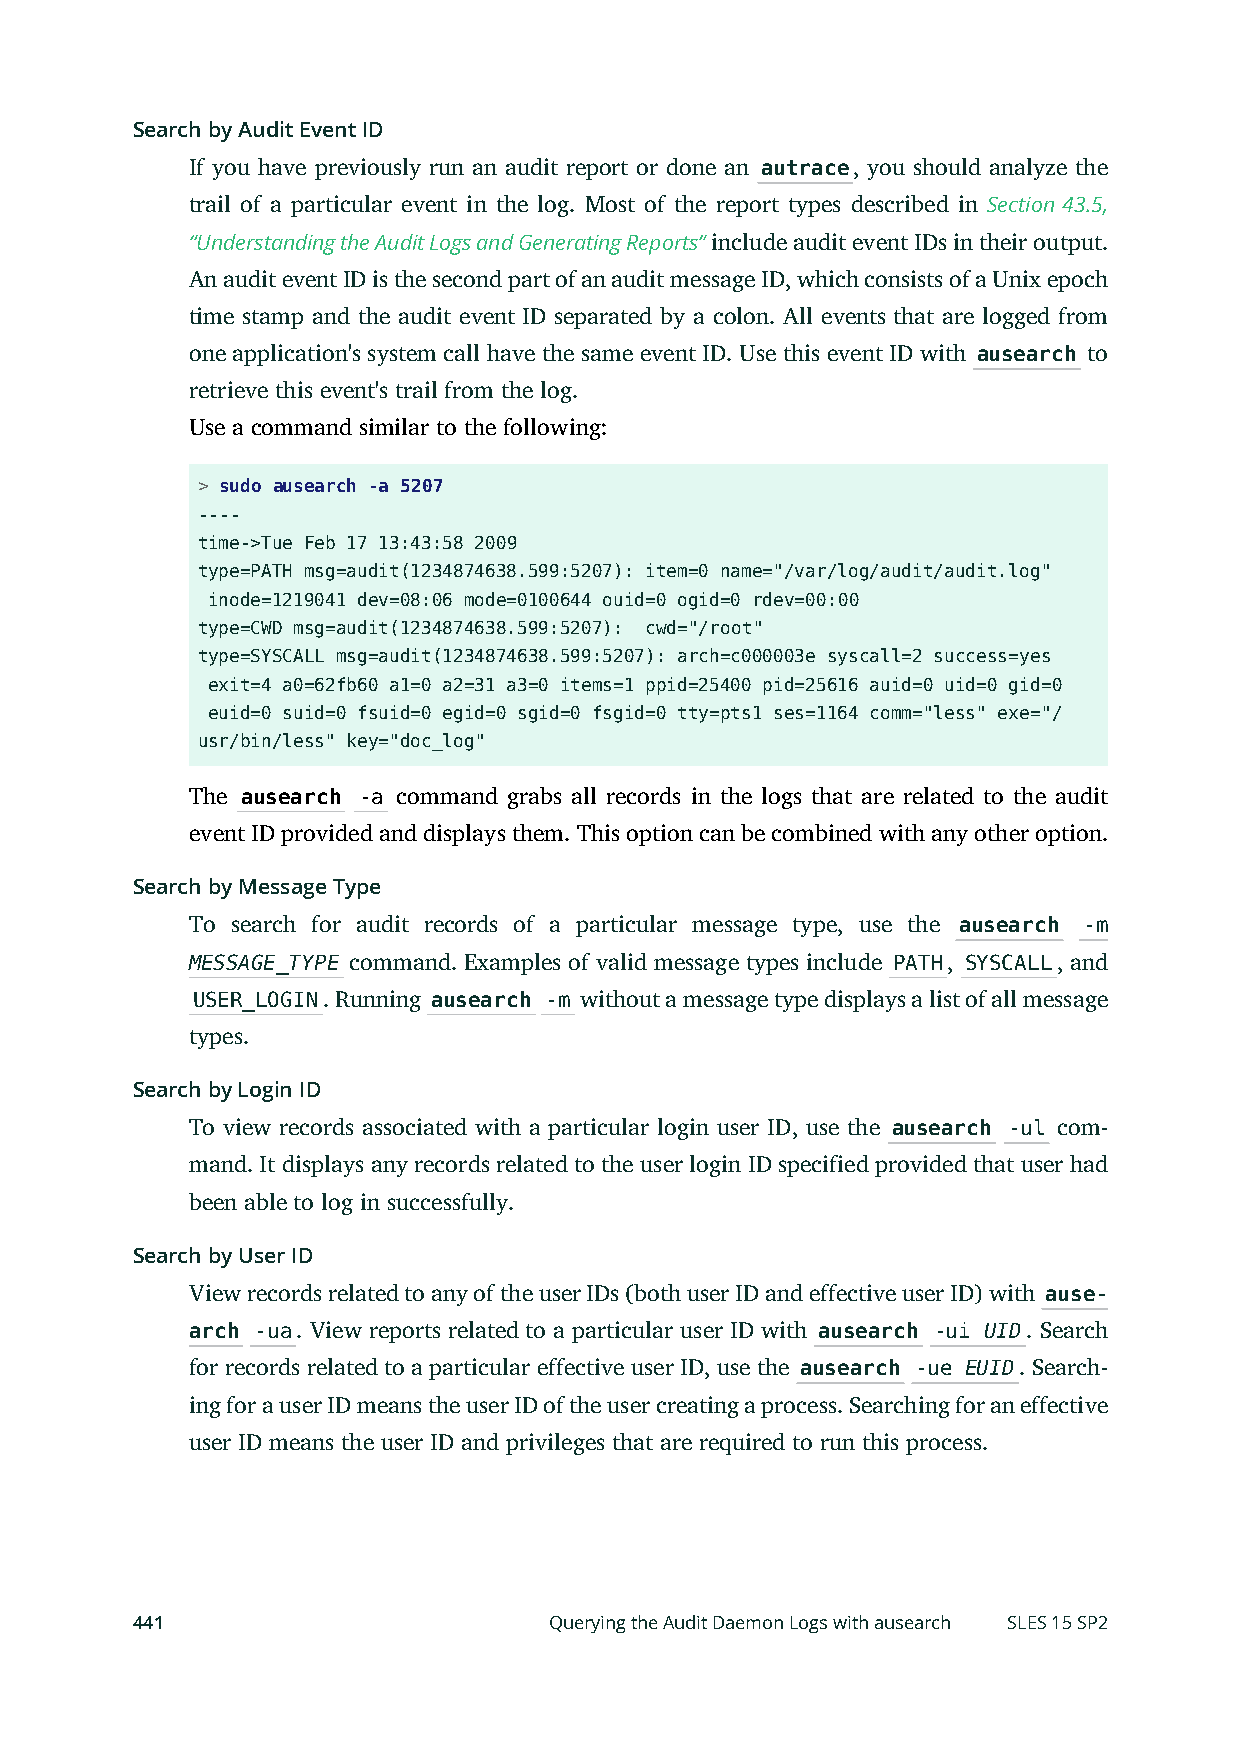
Search by Audit Event ID
 If you have previously run an audit report or done an autrace, you should analyze the
 trail of a particular event in the log. Most of the report types described in Section 43.5,
 “Understanding the Audit Logs and Generating Reports” include audit event IDs in their output.
 An audit event ID is the second part of an audit message ID, which consists of a Unix epoch
 time stamp and the audit event ID separated by a colon. All events that are logged from
 one application's system call have the same event ID. Use this event ID with ausearch to
 retrieve this event's trail from the log.
 Use a command similar to the following:
 > sudo ausearch -a 5207
 ----
 time->Tue Feb 17 13:43:58 2009
 type=PATH msg=audit(1234874638.599:5207): item=0 name="/var/log/audit/audit.log"
 inode=1219041 dev=08:06 mode=0100644 ouid=0 ogid=0 rdev=00:00
 type=CWD msg=audit(1234874638.599:5207): cwd="/root"
 type=SYSCALL msg=audit(1234874638.599:5207): arch=c000003e syscall=2 success=yes
 exit=4 a0=62fb60 a1=0 a2=31 a3=0 items=1 ppid=25400 pid=25616 auid=0 uid=0 gid=0
 euid=0 suid=0 fsuid=0 egid=0 sgid=0 fsgid=0 tty=pts1 ses=1164 comm="less" exe="/
 usr/bin/less" key="doc_log"
 The ausearch -a command grabs all records in the logs that are related to the audit
 event ID provided and displays them. This option can be combined with any other option.
 Search by Message Type
 To search for audit records of a particular message type, use the ausearch -m
 MESSAGE_TYPE command. Examples of valid message types include PATH, SYSCALL, and
 USER_LOGIN. Running ausearch -m without a message type displays a list of all message
 types.
 Search by Login ID
 To view records associated with a particular login user ID, use the ausearch -ul com-
 mand. It displays any records related to the user login ID specified provided that user had
 been able to log in successfully.
 Search by User ID
 View records related to any of the user IDs (both user ID and effective user ID) with ause-
 arch -ua. View reports related to a particular user ID with ausearch -ui UID. Search
 for records related to a particular effective user ID, use the ausearch -ue EUID. Search-
 ing for a user ID means the user ID of the user creating a process. Searching for an effective
 user ID means the user ID and privileges that are required to run this process.
 441                        Querying the Audit Daemon Logs with ausearch SLES 15 SP2